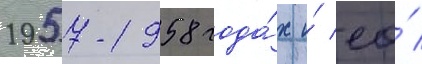
1957-1958 года́х и́ ео́